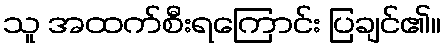
သူ အထက်စီးရကြောင်း ပြချင်၏။